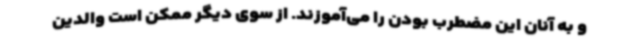
و به آنان این مضطرب بودن را می‌آموزند. از سوی دیگر ممکن است والدین